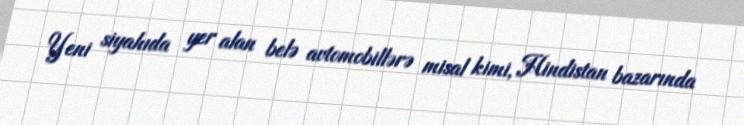
Yeni siyahıda yer alan belə avtomobillərə misal kimi, Hindistan bazarında